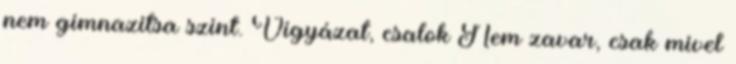
nem gimnazitsa szint. Vigyázat, csalok Nem zavar, csak mivel